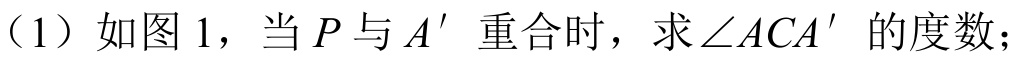
（1）如图 1，当 \(P\) 与 \(A'\) 重合时，求 \(\angle ACA'\) 的度数；